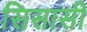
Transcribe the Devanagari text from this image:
सिसासी